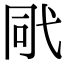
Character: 㢥